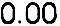
0.00